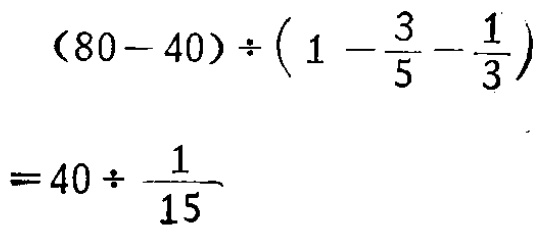
\((80 - 40)\div\left(1 - \frac{3}{5} - \frac{1}{3}\right)\)

\(= 40\div\frac{1}{15}\)